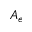
A _ { e }